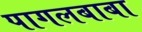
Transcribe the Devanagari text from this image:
पागलबाबा